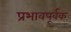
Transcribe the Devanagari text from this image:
प्रभावपूर्वक